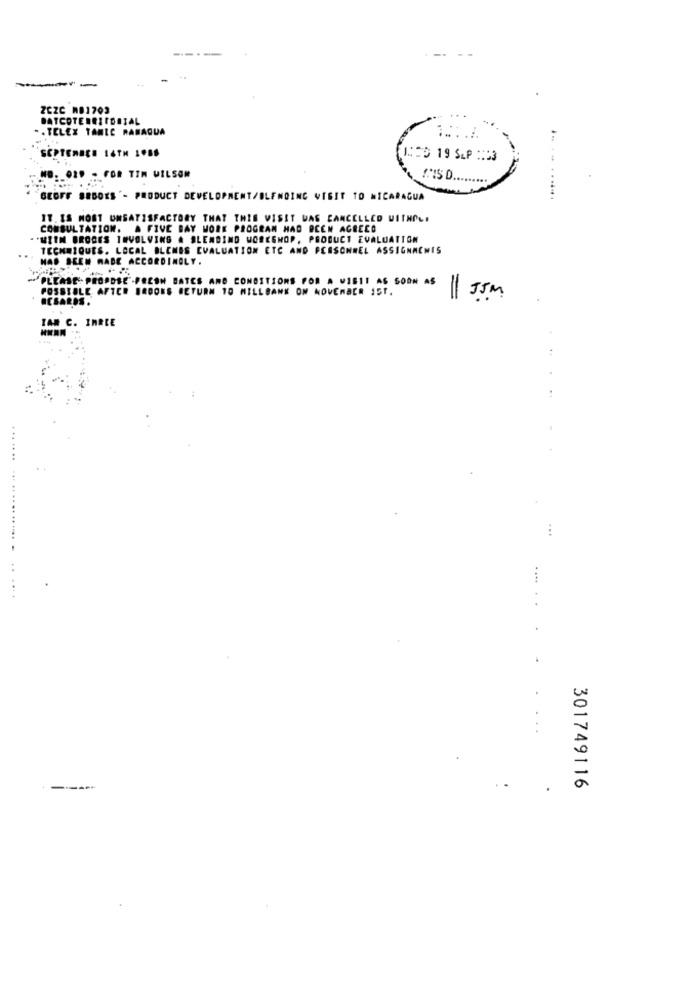
---
ZCZC AB1703
BATCOTERRIIDEIAL
-. TELEX TANLE RAMAQUA
SEPTEMBER I4TH 1.88
ICCD 19 SLP :: 53
.. 029 - FOR TIM WILSON
GEOFF SRBOKS'- PRODUCT DEVELOPMENT/OLFNOING VISIT TO NICARAGUA
IT, IS MOST UNSATISFACTORY THAT THIS VISIT WAS CANCELLED WITHOLI
CONSULTATION. A FIVE BAY WORK PROGRAM HAD BEEN AGRECO
** SIIN BRODES INVOLVING A SLENDING WORKSHOP, PRODUCT EVALUATION
TECHNIQUES. LOCAL BLENES EVALUATION ETC AND PERSONNEL ASSIGNMENTS
HAD SEEN RADE ACCORDINGLY.
PLEASE- PROPOSE -FRESH BATES AND CONDITIONS FOR A VISIT AS SOON AS
POSSIBLE AFTER BROOKS GETURN 10 MILLBANK ON NOVEMBER 151.
ACSARDS.
JIM
IAN C. INRCE
...
....
301749116